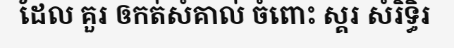
ដែល គួរ ឲកត់សំគាល់ ចំពោះ ស្គរ សំរិទ្ធិរ